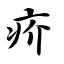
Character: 疥